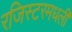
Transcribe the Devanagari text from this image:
रजिस्‍टरमधली